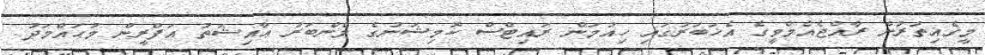
މީގެއިތުރުން ރާއްޖެއެމްވީގެ އެޚަބަރުގައި ހިއުމަން ރައިޓްސް ކޮމިޝަނުގެ މެންބަރު ޢާއިޝަތު އަފްރީން މުޙައްމަދު